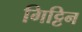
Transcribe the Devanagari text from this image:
गिट्टिन